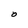
Character: O